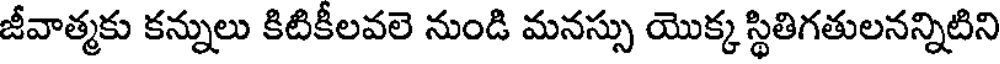
జీవాత్మకు కన్నులు కిటికీలవలె నుండి మనస్సు యొక్క స్థితిగతులనన్నిటిని